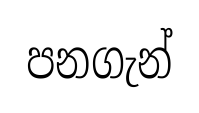
පනගැන්